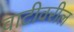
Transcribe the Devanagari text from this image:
वाटीवरील